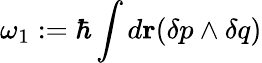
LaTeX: \omega_{1}:=\hbar\int d{\mathbf r}(\delta p\wedge\delta q)